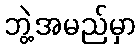
ဘွဲ့အမည်မှာ